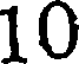
10